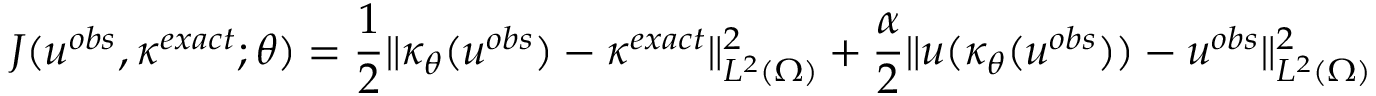
J ( u ^ { o b s } , \kappa ^ { e x a c t } ; \theta ) = \frac { 1 } { 2 } \| \kappa _ { \theta } ( u ^ { o b s } ) - \kappa ^ { e x a c t } \| _ { L ^ { 2 } ( \Omega ) } ^ { 2 } + \frac { \alpha } { 2 } \| u ( \kappa _ { \theta } ( u ^ { o b s } ) ) - u ^ { o b s } \| _ { L ^ { 2 } ( \Omega ) } ^ { 2 }